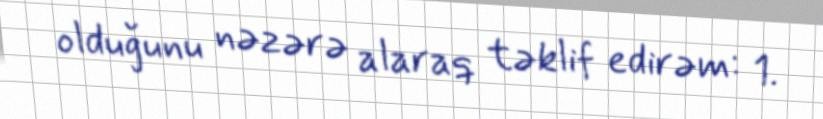
olduğunu nəzərə alaraq təklif edirəm: 1.